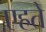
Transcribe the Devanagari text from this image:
एहते